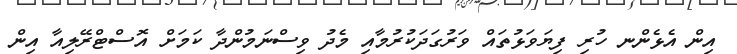
އިން އެޅެންނ ހުރި ފިޔަވަޅުތައް ވަރުގަދަކުރުމާއި މެދު ވިސްނަމުންދާ ކަމަށް އޮސްޓްރޭލިއާ އިން